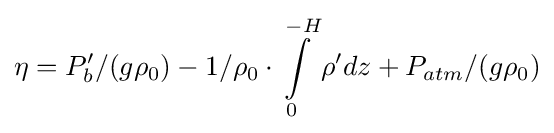
\eta =P'_{b}/(g\rho _{0})-1/\rho _{0}\cdot \int \limits _{0}^{-H}\rho 'dz+P_{atm}/(g\rho _{0})